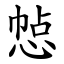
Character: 㥈